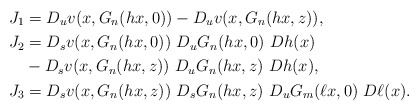
\begin{align*} J_1 &= D_{u}v(x,G_n(hx,0))- D_{u}v(x,G_n(hx,z)), \\ J_2 & = D_{s}v(x,G_n(hx,0)) \ D_uG_n(hx,0) \ Dh(x) \\ & - D_{s}v(x,G_n(hx,z)) \ D_uG_n(hx, z) \ Dh(x),\\ J_3 & = D_{s}v(x,G_n(hx,z)) \ D_sG_n(hx, z) \ D_{u}G_m(\ell x,0) \ D\ell(x). \end{align*}